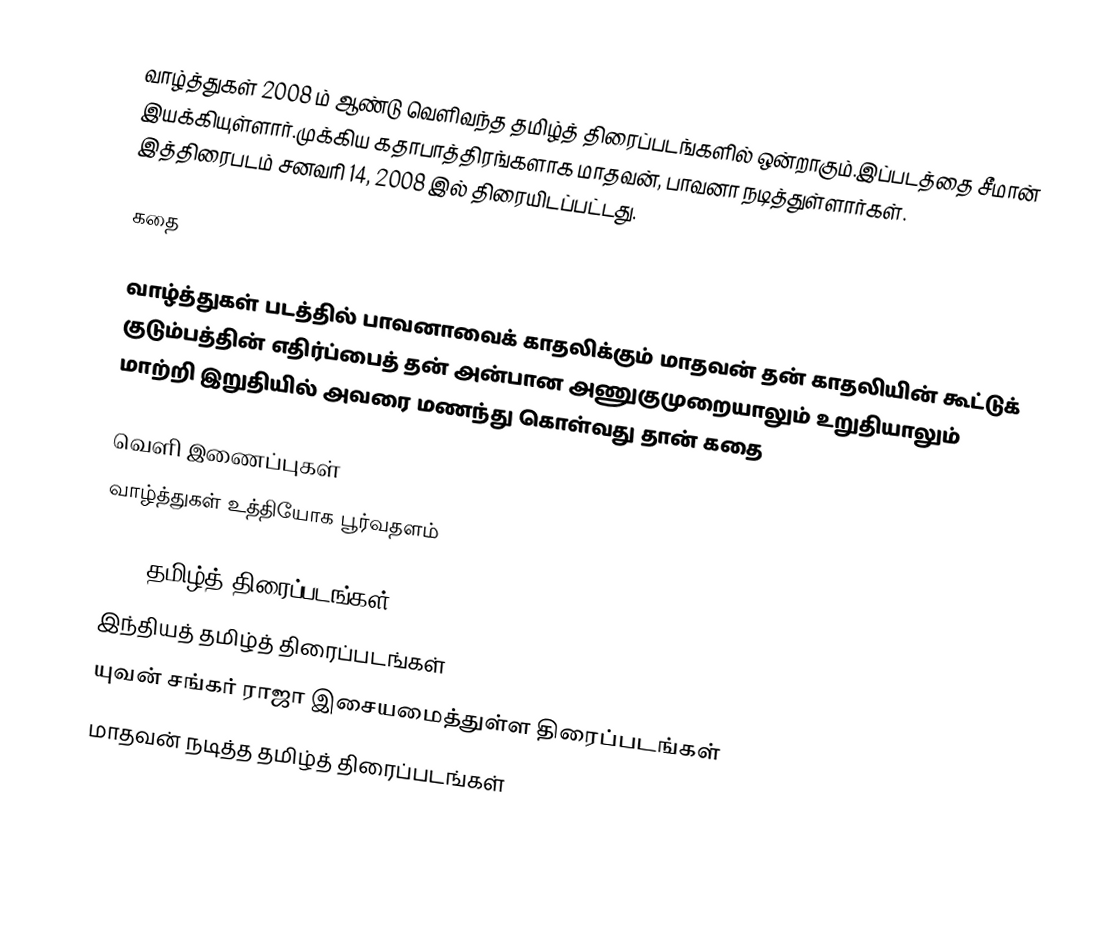
வாழ்த்துகள் 2008 ம் ஆண்டு வெளிவந்த தமிழ்த் திரைப்படங்களில் ஒன்றாகும்.இப்படத்தை சீமான் இயக்கியுள்ளார்.முக்கிய கதாபாத்திரங்களாக மாதவன், பாவனா நடித்துள்ளார்கள். இத்திரைபடம் சனவரி 14, 2008 இல் திரையிடப்பட்டது.

கதை

வாழ்த்துகள் படத்தில் பாவனாவைக் காதலிக்கும் மாதவன் தன் காதலியின் கூட்டுக் குடும்பத்தின் எதிர்ப்பைத் தன் அன்பான அணுகுமுறையாலும் உறுதியாலும் மாற்றி இறுதியில் அவரை மணந்து கொள்வது தான் கதை

வெளி இணைப்புகள்
வாழ்த்துகள் உத்தியோக பூர்வதளம்

2008 தமிழ்த் திரைப்படங்கள்
இந்தியத் தமிழ்த் திரைப்படங்கள்
யுவன் சங்கர் ராஜா இசையமைத்துள்ள திரைப்படங்கள்
மாதவன் நடித்த தமிழ்த் திரைப்படங்கள்